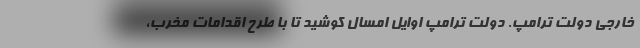
خارجی دولت ترامپ. دولت ترامپ اوایل امسال کوشید تا با طرح اقدامات مخرب،